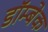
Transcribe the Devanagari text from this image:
डॉम्बेक